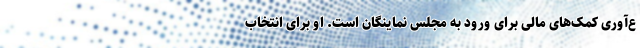
ع‌آوری کمک‌های مالی برای ورود به مجلس نماینگان است. او برای انتخاب